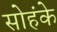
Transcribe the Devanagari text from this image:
सोहंके